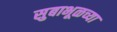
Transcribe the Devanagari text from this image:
सुबाभूळच्या